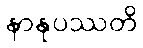
နာနုပဿတိ